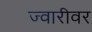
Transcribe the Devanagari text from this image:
ज्वारीवर